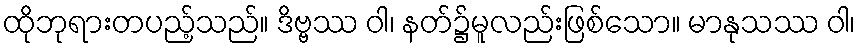
ထိုဘုရားတပည့်သည်။ ဒိဗ္ဗဿ ဝါ၊ နတ်၌မူလည်းဖြစ်သော။ မာနုသဿ ဝါ၊